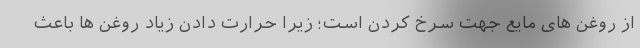
از روغن های مایع جهت سرخ کردن است؛ زیرا حرارت دادن زیاد روغن ها باعث